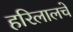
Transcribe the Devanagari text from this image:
हरिलालचे